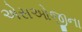
એસઓજીના